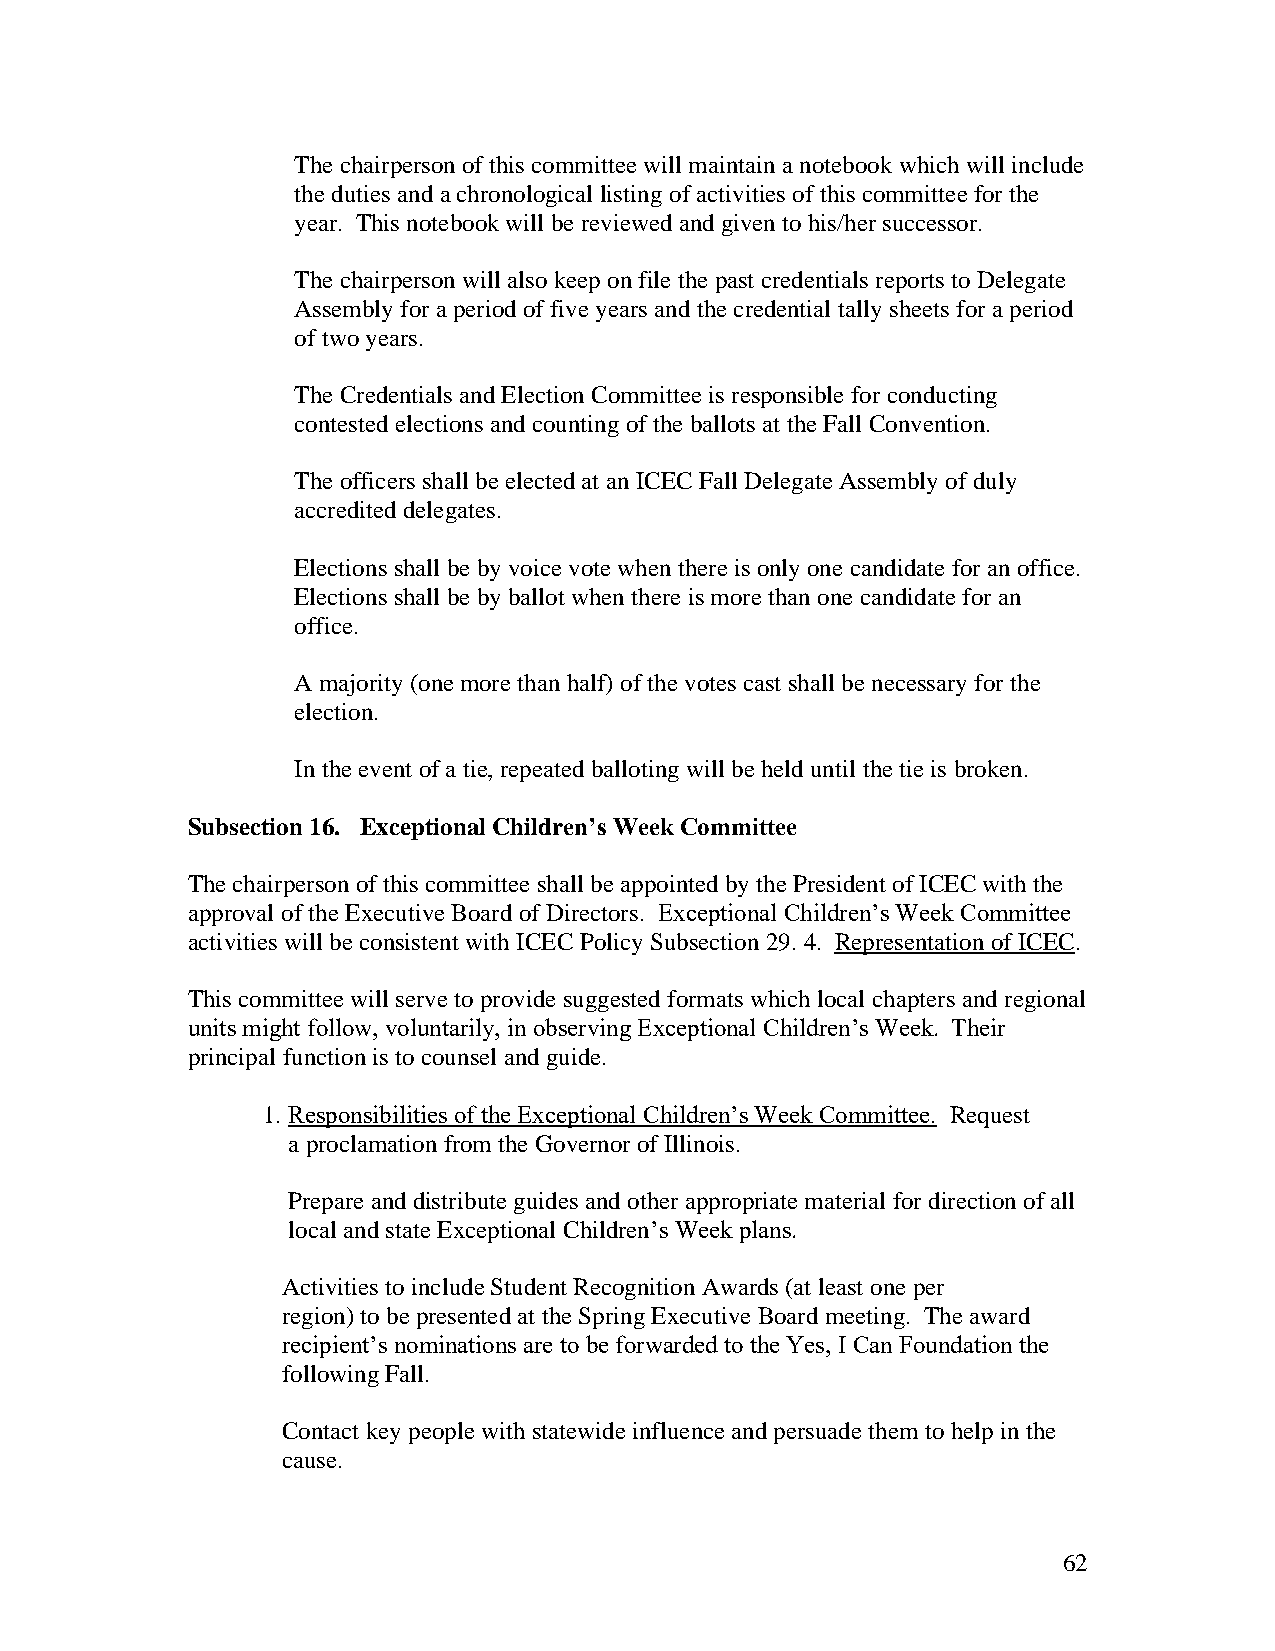
The chairperson of this committee will maintain a notebook which will include
 the duties and a chronological listing of activities of this committee for the
 year. This notebook will be reviewed and given to his/her successor.
 The chairperson will also keep on file the past credentials reports to Delegate
 Assembly for a period of five years and the credential tally sheets for a period
 of two years.
 The Credentials and Election Committee is responsible for conducting
 contested elections and counting of the ballots at the Fall Convention.
 The officers shall be elected at an ICEC Fall Delegate Assembly of duly
 accredited delegates.
 Elections shall be by voice vote when there is only one candidate for an office.
 Elections shall be by ballot when there is more than one candidate for an
 office.
 A majority (one more than half) of the votes cast shall be necessary for the
 election.
 In the event of a tie, repeated balloting will be held until the tie is broken.
 Subsection 16. Exceptional Children’s Week Committee
 The chairperson of this committee shall be appointed by the President of ICEC with the
 approval of the Executive Board of Directors. Exceptional Children’s Week Committee
 activities will be consistent with ICEC Policy Subsection 29. 4. Representation of ICEC.
 This committee will serve to provide suggested formats which local chapters and regional
 units might follow, voluntarily, in observing Exceptional Children’s Week. Their
 principal function is to counsel and guide.
 1. Responsibilities of the Exceptional Children’s Week Committee. Request
 a proclamation from the Governor of Illinois.
 Prepare and distribute guides and other appropriate material for direction of all
 local and state Exceptional Children’s Week plans.
 Activities to include Student Recognition Awards (at least one per
 region) to be presented at the Spring Executive Board meeting. The award
 recipient’s nominations are to be forwarded to the Yes, I Can Foundation the
 following Fall.
 Contact key people with statewide influence and persuade them to help in the
 cause.
 62